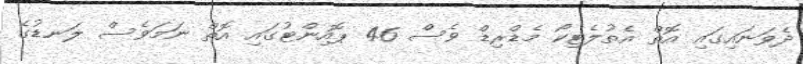
ދެވަނައިގައި އޮތް އެތުލެޓިކޯ މެޑްރިޑް ވެސް 46 ޕޮއިންޓުގައި އޮތް ނަމަވެސް ލަނޑުގެ